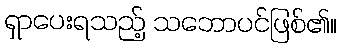
ရှာပေးရသည့် သဘောပင်ဖြစ်၏။